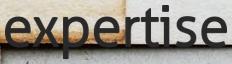
expertise